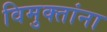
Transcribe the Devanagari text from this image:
विमुक्तांना